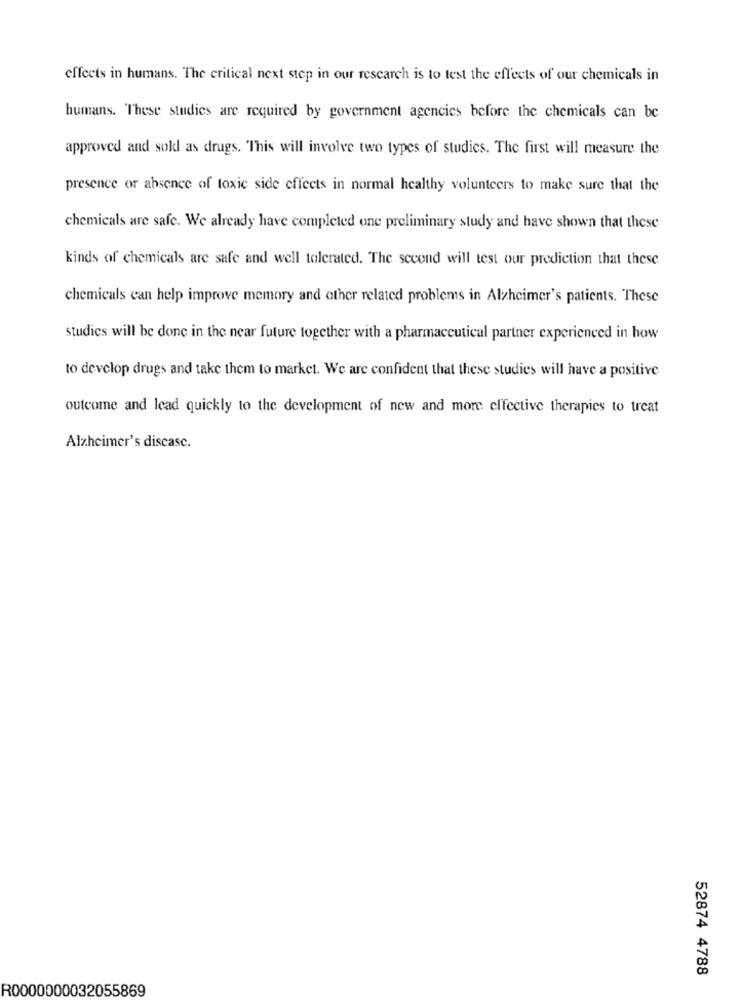
effects in humans. The critical next step in our research is to test the effects of our chemicals in
humans. These studies are required by government agencies before the chemicals can be
approved and sold as drugs. "This will involve two types of studies. The first will measure the
presence or absence of toxic side effects in normal healthy volunteers to make sure that the
chemicals are safe. We already have completed one preliminary study and have shown that these
kinds of chemicals are safe and well tolerated. The second will test our prediction that these
chemicals can help improve memory and other related problems in Alzheimer's patients. These
studies will be done in the near future together with a pharmaceutical partner experienced in how
to develop drugs and take them to market. We are confident that these studies will have a positive
outcome and lead quickly to the development of new and more effective therapies to treat
Alzheimer's disease.
52874 4788
R0000000032055869